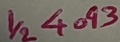
Text: 1/24093